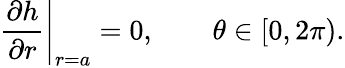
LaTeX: \left.\frac{\partial h}{\partial r}\right|_{r=a}=0,\qquad\theta\in[0,2\pi).